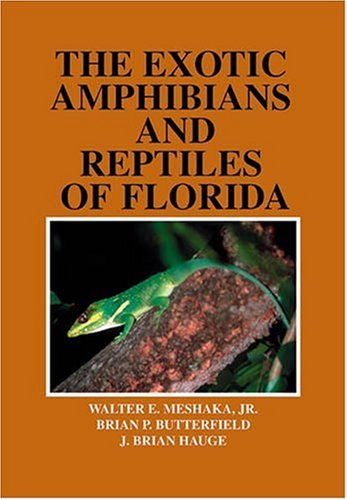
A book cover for The Exotic Amphibians and Reptiles of Florida; Walter E. Meshaka; Sports & Outdoors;